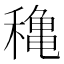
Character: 穐